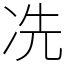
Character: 冼